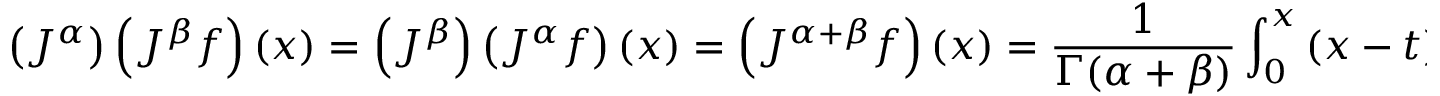
\left( J ^ { \alpha } \right) \left( J ^ { \beta } f \right) ( x ) = \left( J ^ { \beta } \right) \left( J ^ { \alpha } f \right) ( x ) = \left( J ^ { \alpha + \beta } f \right) ( x ) = { \frac { 1 } { \Gamma ( \alpha + \beta ) } } \int _ { 0 } ^ { x } \left( x - t \right) ^ { \alpha + \beta - 1 } f ( t ) \, d t \, .